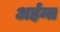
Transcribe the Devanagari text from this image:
अर्हन्त